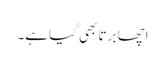
اچھا برتا بھی گیا ہے۔